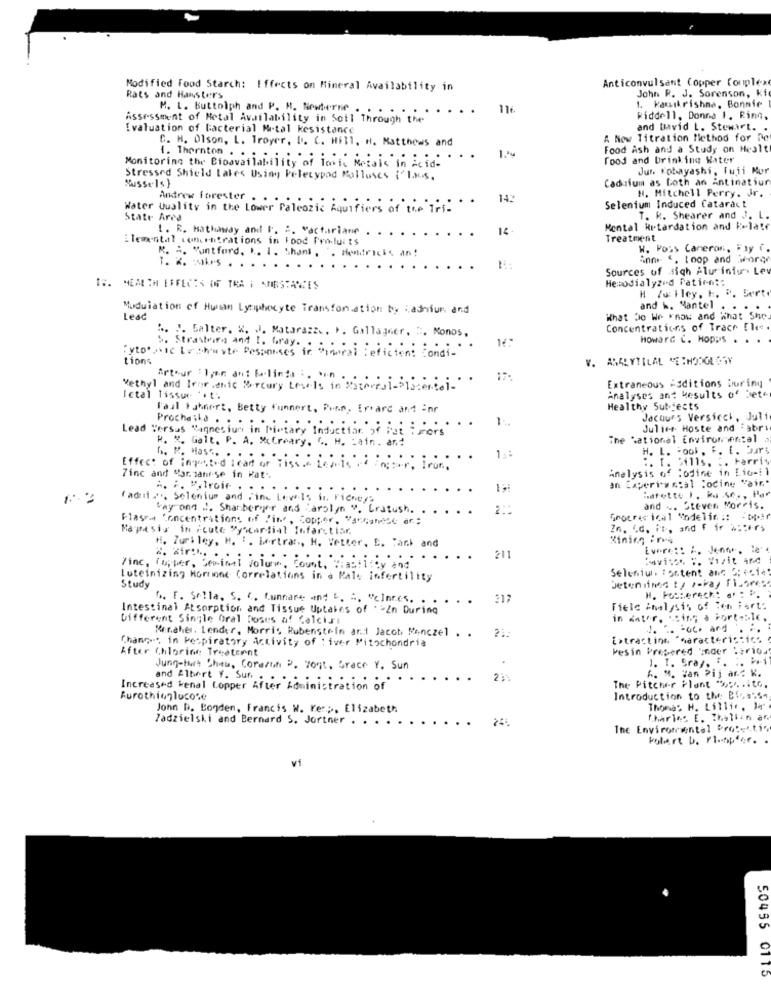
Anticonvulsant Copper Complex
Modified Food Starch: Iffects on Mineral Availability in
John R. J. Sorenson, ki
Rats and Hansters
M. L. Buttolph and P. H. Newterne . . . .
....
116.
1. kamikrishna, Bonnie
Assessment of Metal Availability in Soil Through the
Riddell, Donna 1. Ring.
Ivaluation of bacterial Mrtal kesistance
and David L. Stewart. .
C. H. Olson, L. Troyer, D. C. Hill, H. Matthews and
A New Titration Method for De
1.1u
Food Ash and a Study on Healt
Monitoring the Bioavailability of Toxic Metais in Acid-
1. Thornton . . .
food and Drinking Water
Jun. Kobayashi, fuii Mur
Stressed Shield lakes Using Pelecypod Polluses {'L.M.s.
Cadaium as Loth an Antinatiur
Mussels }
Andrew forester . . ..
142
Selenium Induced Cataract
H. Mitchell Perry. Jr.
Water Quality in the Lower Palcozic Equifiers of the Tri
State Area
T. k. Shearer and J. L.
1. E. Hathaway and F. :. "actorlane
Mental Retardation and Relate
Elemental concentrations in Food Pro-luits
...
Treatment
K. A. "untford, I. 1. Shant, . Hendricks an!
W. Pois Cameron, "yy f.
inn ". Loop and worq
Sources of sigh Alur iniun Ley
Hemodialyzed Patient:
IS. NENEM EFFECTS OF TAR I ANESTARTES
H Zu Hley, h. 8. bert
Modulation of Human Lymphocyte Transformation by adhium and
and h. Mantel . . . .
Lead
What Do We Know and What She
". J. Salter. K. J. Matarazzo, P. Gallagher. ". Monos,
Concentrations of Trace Elee.
S. Straseiro and !. Gray. .
Howard C. HoppIS . . .
Cytotoxic Loshuate Responses in "moral : eficient Condi-
tions
Arthur : Igen ant Felings :. * in .
Vethyl and Irarenic Mercury Levels in Patmeral-Siacercai ...
Extraneous Additions During
Ictal Tissue ** t.
Analyses ant kesults of bete
Faul Fuhnert, Betty funnert, Pinn, Erard and inr
Healthy Subjects
Jacques Versteck, Juli
Lead Versus "agnesium in Pietary Intue
Prochaska . . . . ......
Induction of fat i ors
Juliet Hoste and Fabri
R. N. Galt. P. A. MuCreary, C. M. Lain. and
The National Enviromental
H. L. - ook . F. [. burs
G. M. Has". . .
.. 13:
1. 5411s.
.. Farris
Effect of ingested leart of Pisso Laals of inter, Tror .
Analysis of Codine in Eix -: 1
Zinc and "grzanese in Wat
an Experiw mcal Tocine "air ..
... #.troie
radni ... Selenium and Fine Levels i. Fiches?
:afette I. ka.se ., Par
way ond .. Shanberger and arolyn ". Eratush.
and ... Steven Morris.
Flasei Concentrations of Fine, Copper, Vancatese af;
Grocrer ical endelin :: - Dpar
Majresis in Acute Myocardial Infarstiar.
Zn, Cd. it, and f fr w:ters
H. Zuri ley, H. I. Lertrar ., H. Wetter, E. Tank and
Kining Fra
Evere :: A. Jenne, le
211
avisos ". Vizit and
line, Supper, Serinal volume, Count, Tiability and
Selenium. Fortent ang 3; es14!
Luteinizing Morrone Correlations in a Male Infertility
Study
G. F. Sella, S. C. funnare wind L. A. VcInres. .
H. Fosserech: e' : P.
Intestinal Atsorption and Tissue Uptales of ** Zn During
Field Analysis of Ten Fart:
Different Single Oral Doses of Calcisi
in water, sing a Fort -: le,
Minaher. Lender, Morris Rubenstein and Jacot, Menczel . .
Fot. ard . :.
Chang -. in Respiratory Activity of : iver Mitochondria
21:
Extracting "haracteris:ich
After Chlorine Treatment
Pesin Prepared onder tarioa
1. I. Sray. F. .. .. 1
Jung-hat Ches, Corazth P. yont, Grace Y. Sun
A. M. Han Pij and K.
Increased Renal Lopper after sominitiation :
and Albert Y. Sur. . . .
The Pitcher Plant " :.. ito.
Aurothionlucose
Introduction to the Bigass-
John b. Bonden, Francis W. Ker ;, Elizabeth
Thomas H. Lillic. M.
Zadzielski and Bernard S. Jortner .
245
Charles E. Thatlin an
The Enviromental Protestis
Polert b. ri -- npfar. .
vi
50495 0115